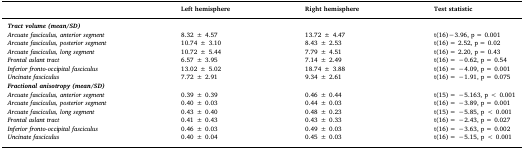
|  | Left hemisphere | Right hemisphere | Test statistic |
 | --- | --- | --- | --- |
 | Tract volume (mean/SD) |  |  |  |
 | Arcuate fasciculus, anterior segment | 8.32 ± 4.57 | 13.72 ± 4.47 | t(16)−3.96, p = 0.001 |
 | Arcuate fasciculus, posterior segment | 10.74 ± 3.10 | 8.43 ± 2.53 | t(16) = 2.52, p = 0.02 |
 | Arcuate fasciculus, long segment | 10.72 ± 5.44 | 7.79 ± 4.51 | t(16) = 2.20, p = 0.43 |
 | Frontal aslant tract | 6.57 ± 3.95 | 7.14 ± 2.49 | t(16) = −0.62, p = 0.54 |
 | Inferior fronto-occipital fasciculus | 13.02 ± 5.02 | 18.74 ± 3.88 | t(16) = −4.09, p = 0.001 |
 | Uncinate fasciculus | 7.72 ± 2.91 | 9.34 ± 2.61 | t(16) = −1.91, p = 0.075 |
 | Fractional anisotropy (mean/SD) |  |  |  |
 | Arcuate fasciculus, anterior segment | 0.39 ± 0.39 | 0.46 ± 0.44 | t(15) = −5.163, p < 0.001 |
 | Arcuate fasciculus, posterior segment | 0.40 ± 0.03 | 0.44 ± 0.03 | t(16) = −3.89, p = 0.001 |
 | Arcuate fasciculus, long segment | 0.43 ± 0.40 | 0.48 ± 0.23 | t(15) = −5.85, p < 0.001 |
 | Frontal aslant tract | 0.41 ± 0.43 | 0.43 ± 0.33 | t(16) = −2.43, p = 0.027 |
 | Inferior fronto-occipital fasciculus | 0.46 ± 0.03 | 0.49 ± 0.03 | t(16) = −3.63, p = 0.002 |
 | Uncinate fasciculus | 0.40 ± 0.04 | 0.45 ± 0.03 | t(16) = −5.15, p < 0.001 |